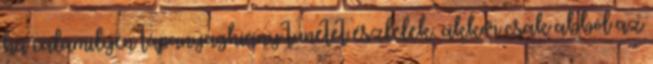
ha valamilyen tápanyaghiány tünetet észlelek, akkor csak abból az